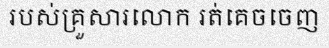
របស់គ្រួសារលោក រត់គេចចេញ